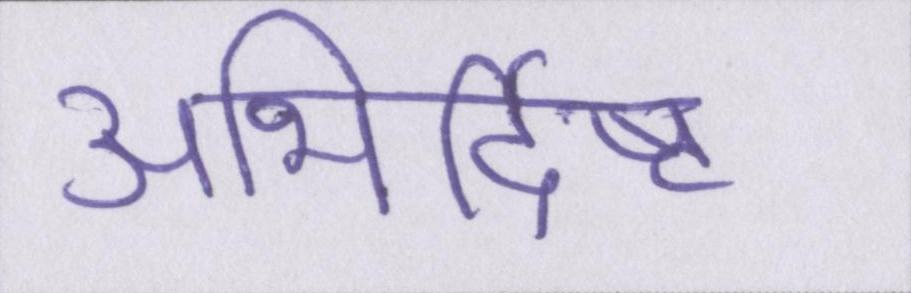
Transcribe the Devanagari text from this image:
अभिर्दिष्ट